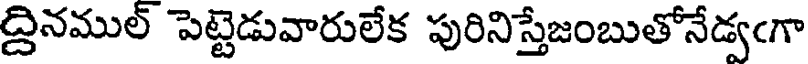
ద్దినముల్ పెట్టెడువారులేక పురినిస్తేజంబుతోనేడ్వఁగా